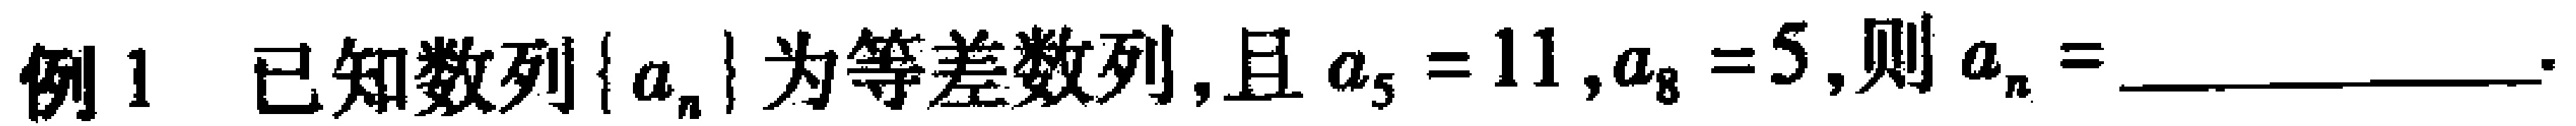
例1 已知数列\(\{ a_{n}\}\)为等差数列, 且\(a_{5}=11,a_{8}=5\),则\(a_{n}=\)________________.